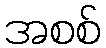
အစစ်